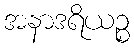
အနာဒရိယဉ္စ